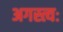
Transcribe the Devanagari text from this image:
अगस्त्यः